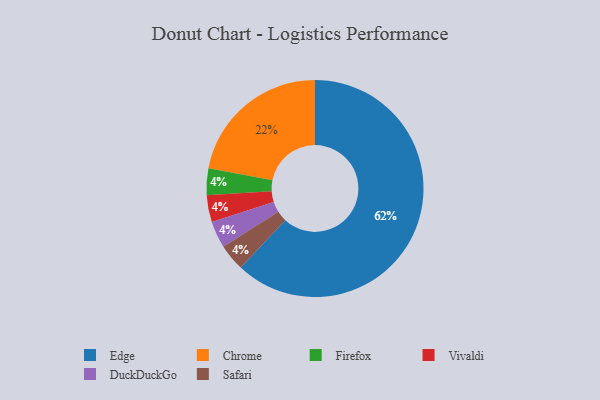
{"axis": {"x": "Category", "y": "Percentage"}, "legend": ["Chrome", "DuckDuckGo", "Edge", "Firefox", "Safari", "Vivaldi"], "data": [{"x": "Firefox", "y": 4, "type": "Firefox"}, {"x": "Vivaldi", "y": 4, "type": "Vivaldi"}, {"x": "DuckDuckGo", "y": 4, "type": "DuckDuckGo"}, {"x": "Edge", "y": 62, "type": "Edge"}, {"x": "Chrome", "y": 22, "type": "Chrome"}, {"x": "Safari", "y": 4, "type": "Safari"}]}